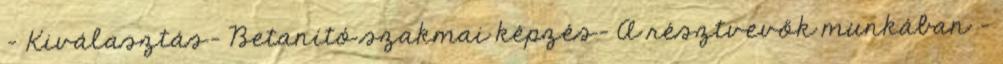
- Kiválasztás- Betanító szakmai képzés- A résztvevők munkában -